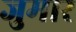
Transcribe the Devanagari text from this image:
जुमार